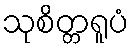
သုစိတ္တရူပံ